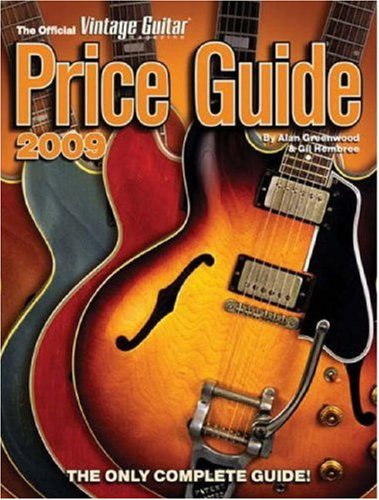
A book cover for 2009 Official Vintage Guitar Magazine Price Guide: The Only Complete Guide!; Crafts, Hobbies & Home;